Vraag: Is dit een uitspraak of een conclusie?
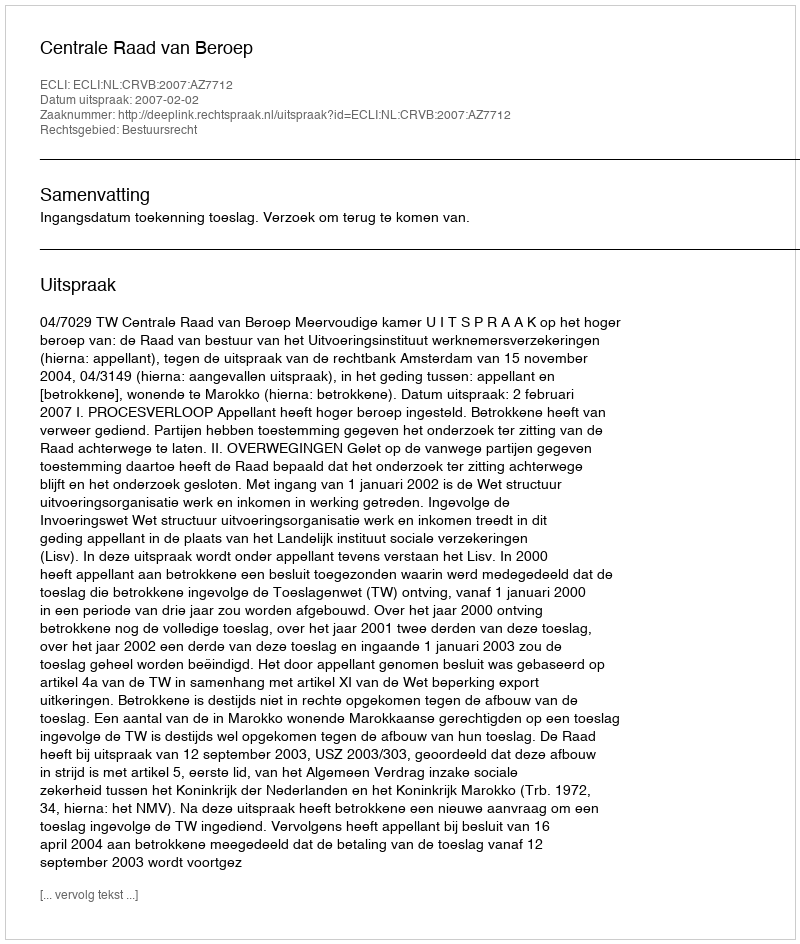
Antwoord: Uitspraak